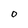
Character: O